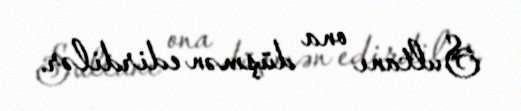
Sultanı ona düşmən edirdilər.